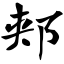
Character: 郏